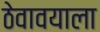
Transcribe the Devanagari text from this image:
ठेवावयाला